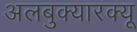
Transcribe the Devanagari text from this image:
अलबुक्यारक्यू